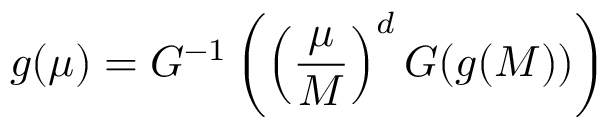
g ( \mu ) = G ^ { - 1 } \left( \left( { \frac { \mu } { M } } \right) ^ { d } G ( g ( M ) ) \right)